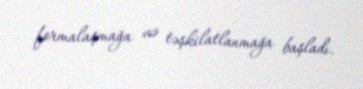
formalaşmağa və təşkilatlanmağa başladı.